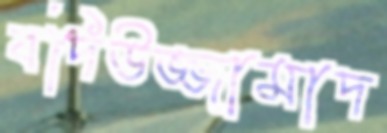
বদিউজ্জামাদ